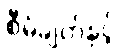
စီမံချက်နှင့်